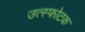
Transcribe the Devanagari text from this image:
उत्स्फोटक